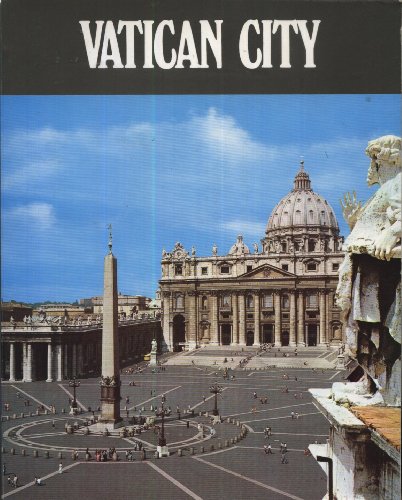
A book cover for Vatican City; Francesco Roncalli; Travel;